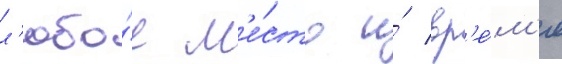
л'юбо́е м'е́сто и́ вр'е́м'я